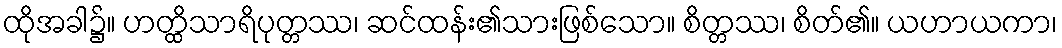
ထိုအခါ၌။ ဟတ္ထိသာရိပုတ္တဿ၊ ဆင်ထန်း၏သားဖြစ်သော။ စိတ္တဿ၊ စိတ်၏။ ယဟာယကာ၊